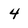
Character: 4